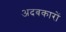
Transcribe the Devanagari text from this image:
अदबकारों